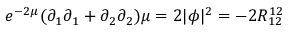
e ^ { - 2 \mu } ( \partial _ { 1 } \partial _ { 1 } + \partial _ { 2 } \partial _ { 2 } ) \mu = 2 | \phi | ^ { 2 } = - 2 R _ { 1 2 } ^ { 1 2 }